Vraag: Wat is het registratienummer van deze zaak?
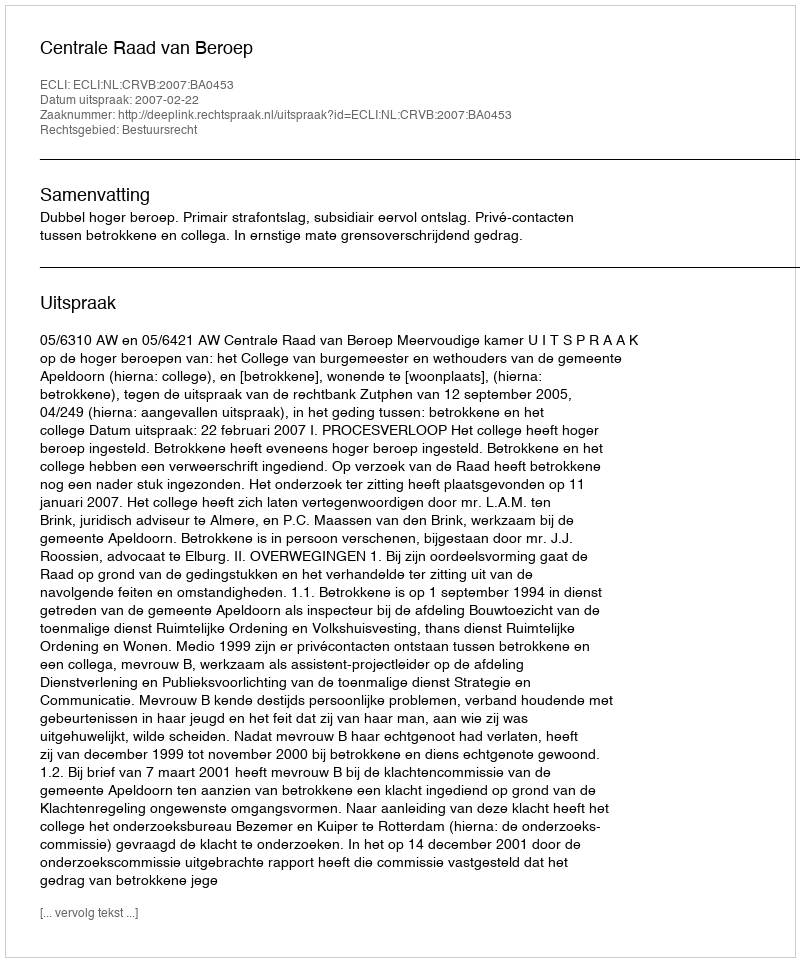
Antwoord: http://deeplink.rechtspraak.nl/uitspraak?id=ECLI:NL:CRVB:2007:BA0453